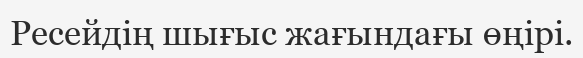
Ресейдің шығыс жағындағы өңірі.